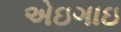
એઇગાઇ